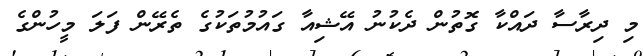
މި ދިރާސާ ދައްކާ ގޮތުން ދެކުނު އޭޝިއާ ގައުމުތަކުގެ ތެރޭން ފަލަ މީހުންގެ